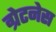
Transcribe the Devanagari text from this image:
ग्रेटनेस